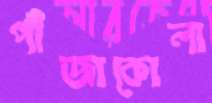
পাঁজাকোলা